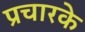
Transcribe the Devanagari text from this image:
प्रचारके